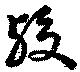
歿